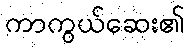
ကာကွယ်ဆေး၏